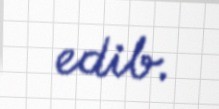
edib.